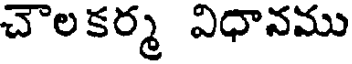
చౌలకర్మ విధానము